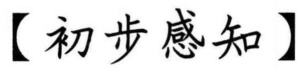
【初步感知】